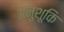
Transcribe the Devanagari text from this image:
अनुशूकि